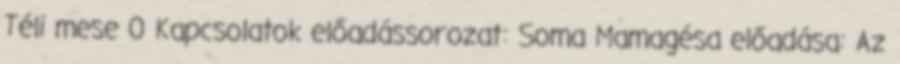
Téli mese 0 Kapcsolatok előadássorozat: Soma Mamagésa előadása: Az